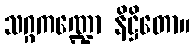
သဂ္ဂကဏ္ဍော နိဋ္ဌိတော။